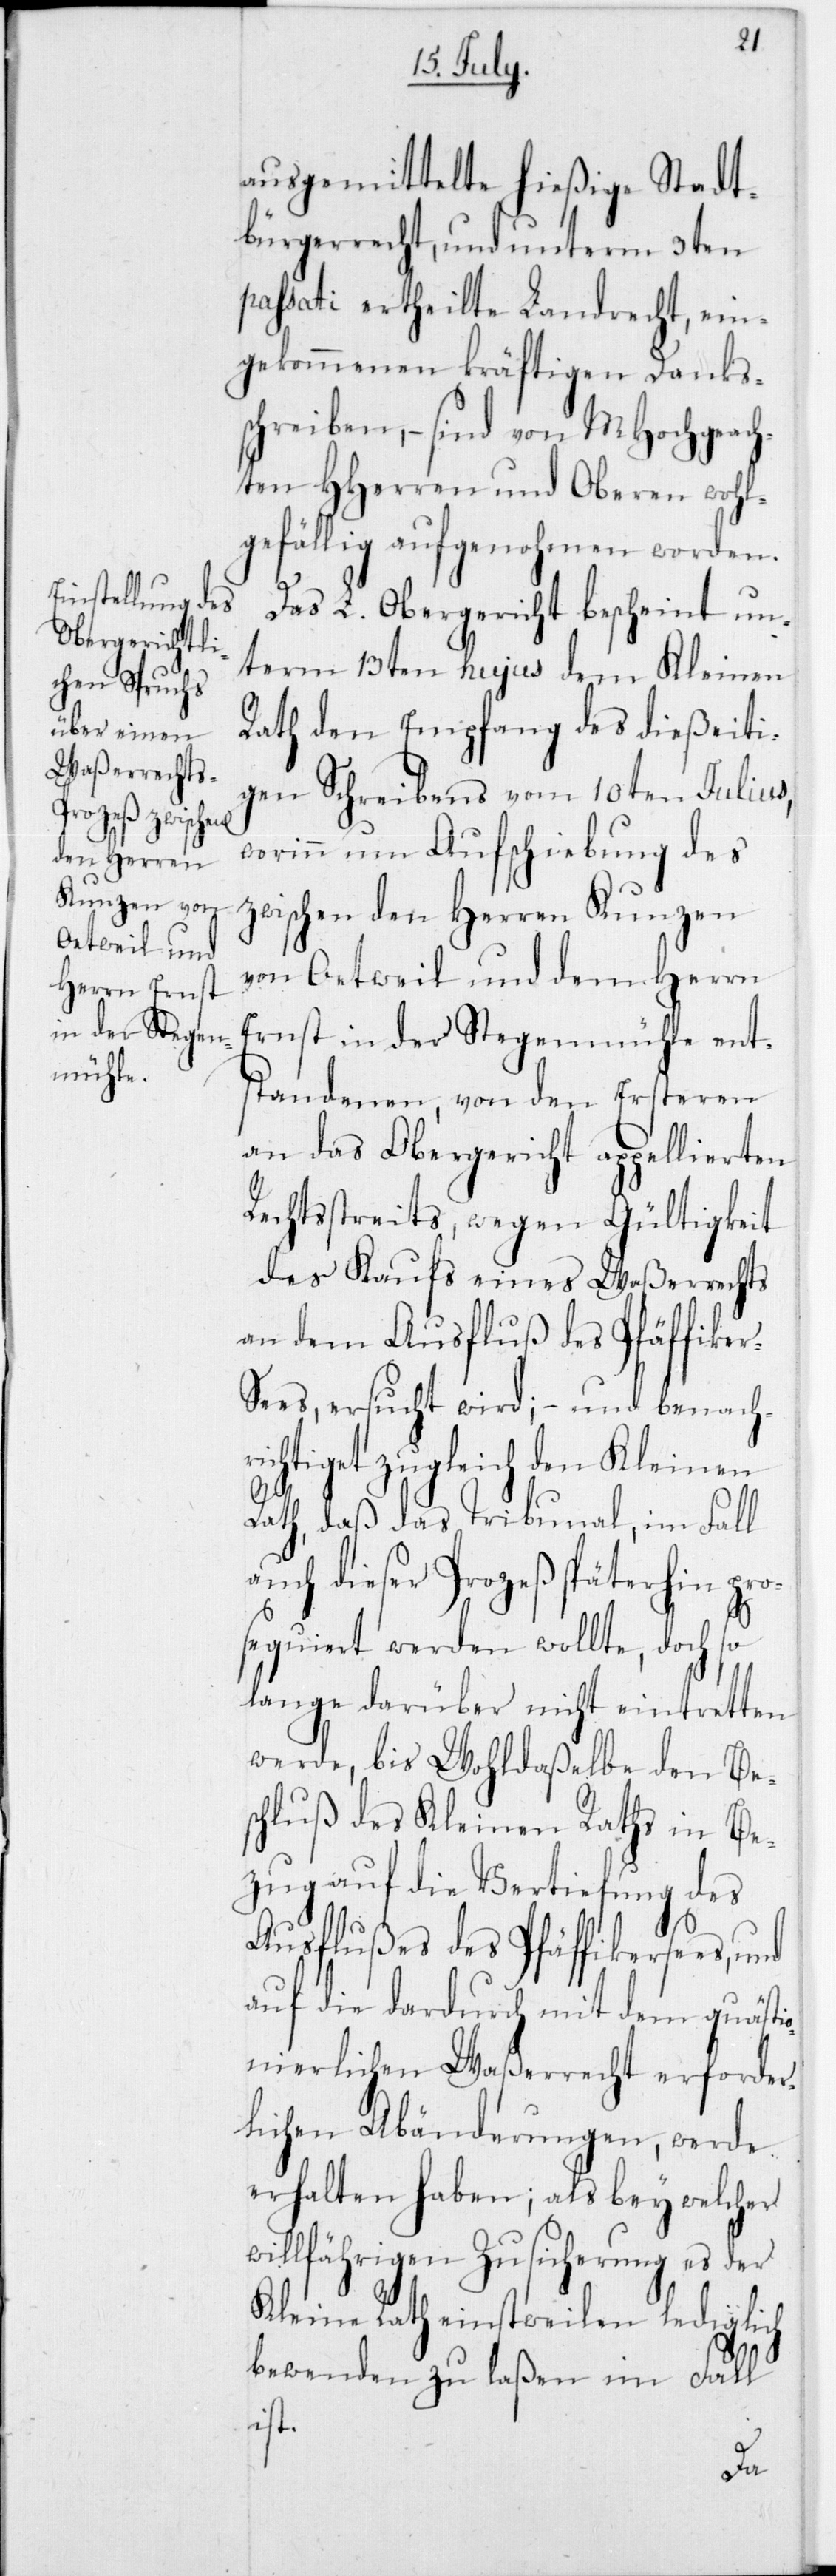
ausgemittelte hießige Stadt¬
bürgerrecht, und unterm 3ten
passati ertheilte Landrecht, ein¬
gekommenen kräftigen Danks¬
schreiben, – sind von MHochgeach¬
ten HHerren und Oberen wohl¬
gefällig aufgenohmen worden.
Das L. Obergericht bescheint un¬
term 13ten hujus dem Kleinen
Rath den Empfang des dießeiti¬
gen Schreibens vom 10ten Julius,
worin um Aufschiebung des
zwischen den Herren Kunzen
von Oetweil und dem Herrn
Ernst in der Stegenmühle ent¬
standenen, von dem Ersteren
an das Obergericht appellierten
Rechtsstreits, wegen Gültigkeit
des Kaufs eines Waßerrechts
an dem Ausfluß des Pfäffike¬
es, ersucht wird; – und benachr¬
ichtiget zugleich den Kleinen
Rath, daß das Tribunal, im Fall
auch dieser Prozeß späterhin pro¬
sequiert werden wollte, doch so
lange darüber nicht eintretten
werde, bis Wohldaßelbe den Bes¬
chluß des Kleinen Raths in Be¬
zug auf die Vertiefung des
Ausflußes des Pfäffikersees, und
auf die dardurch mit dem quästi¬
onierlichen Waßerrecht erforder¬
lichen Abänderungen, werde
erhalten haben; als bey welcher
willfährigen Zusicherung es der
Kleine Rath einstweilen lediglich
bewenden zu laßen im Fall
ist.